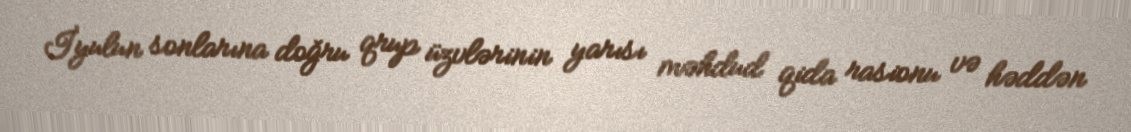
İyulun sonlarına doğru qrup üzvlərinin yarısı məhdud qida rasionu və həddən